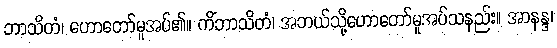
ဘာသိတံ၊ ဟောတော်မူအပ်၏။ ကိံဘာသိတံ၊ အဘယ်သို့ဟောတော်မူအပ်သနည်း။ အာနန္ဒ၊